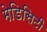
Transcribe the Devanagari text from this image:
मेडिसिटी